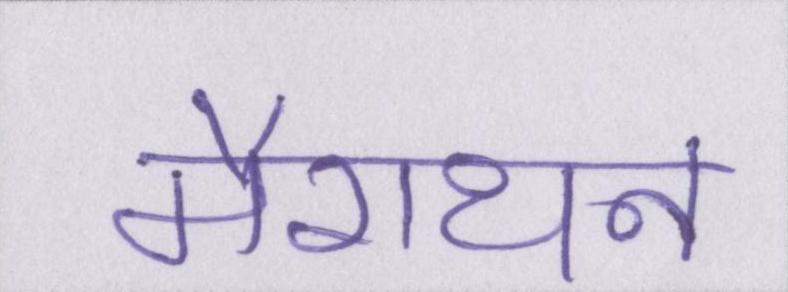
मैराथन